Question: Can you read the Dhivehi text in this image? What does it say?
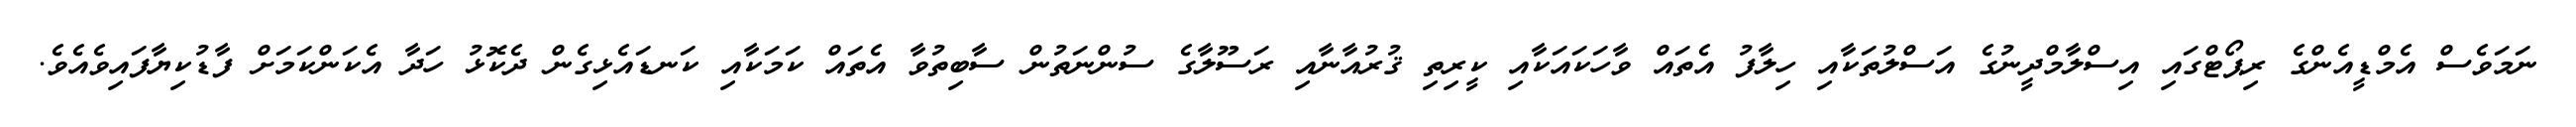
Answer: ނަމަވެސް އެމްޑީއެންގެ ރިޕޯޓްގައި އިސްލާމްދީނުގެ އަސްލުތަކާއި ހިލާފު އެތައް ވާހަކައަކާއި ކީރިތި ޤުރުއާނާއި ރަސޫލާގެ ސުންނަތުން ސާބިތުވާ އެތައް ކަމަކާއި ކަނޑައެޅިގެން ދެކޮޅު ހަދާ އެކަންކަމަށް ފާޑުކިޔާފައިވެއެވެ.